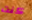
كنت